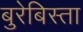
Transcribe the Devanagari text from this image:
बुरेबिस्ता